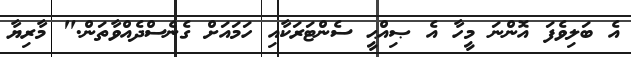
އެ ބަލިވެފަ އޮންނަ މީހާ އެ ޞިއްޙީ ސެންޓަރަކާއި ހަމައަށް ގެނެސްދެއްވާތަން." މާރިޔާ